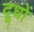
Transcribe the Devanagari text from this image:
दूधों